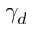
\gamma _ { d }